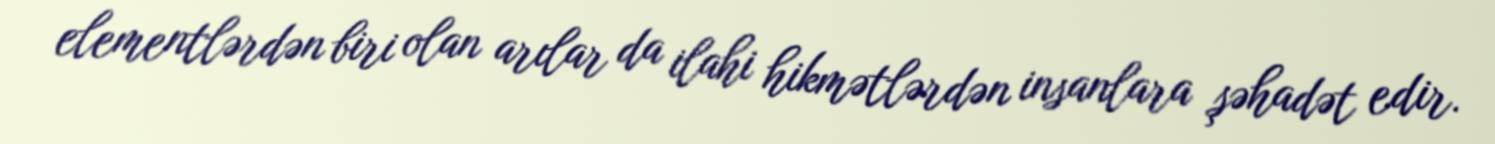
elementlərdən biri olan arılar da ilahi hikmətlərdən insanlara şəhadət edir.